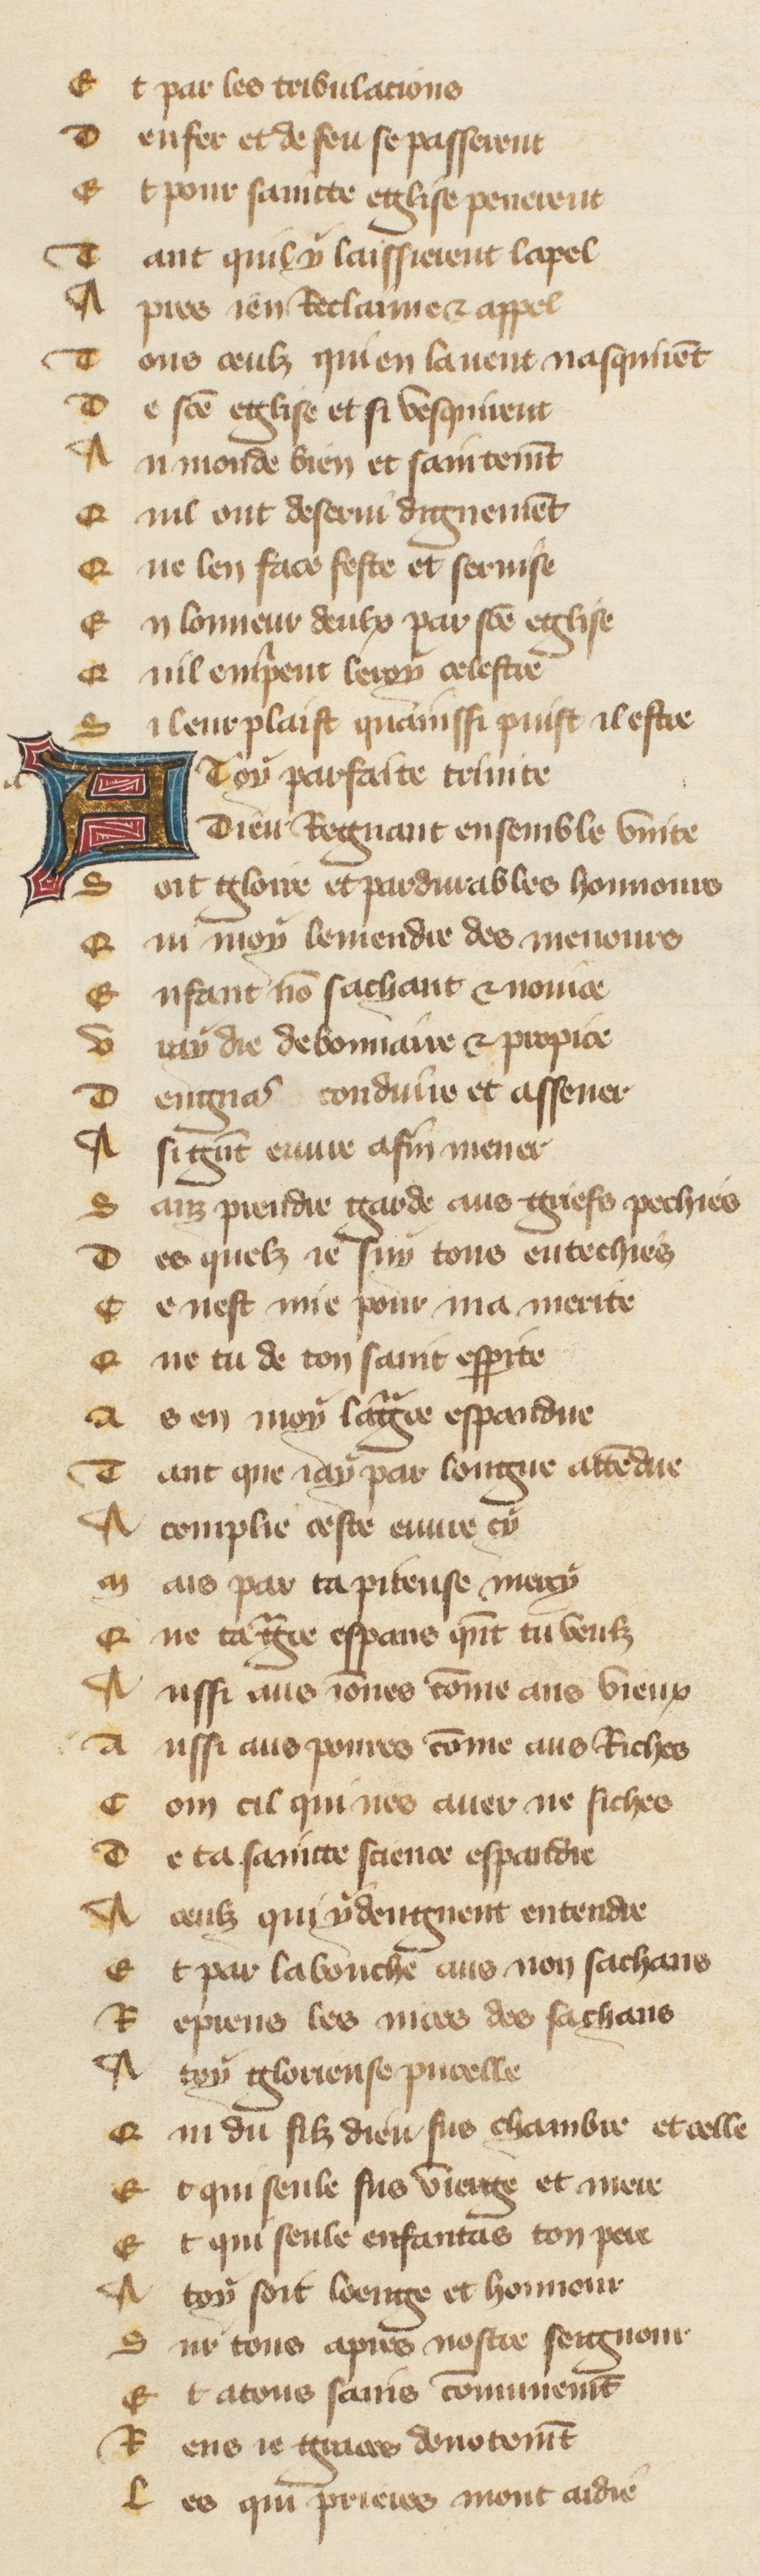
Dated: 1380–1390